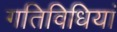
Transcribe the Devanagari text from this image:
गतिविधियां